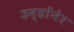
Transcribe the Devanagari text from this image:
उन्होंनेर